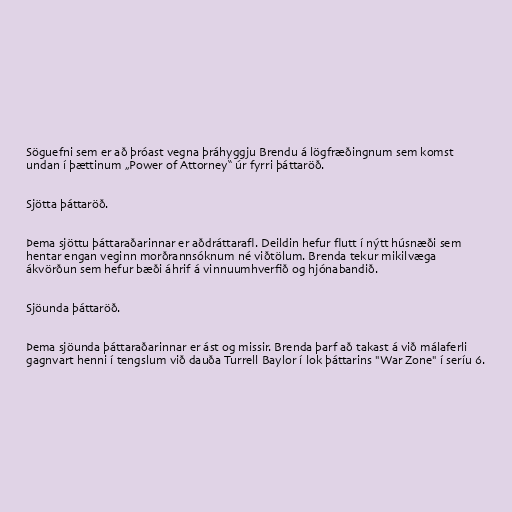
Söguefni sem er að þróast vegna þráhyggju Brendu á lögfræðingnum sem komst
undan í þættinum „Power of Attorney“ úr fyrri þáttaröð.

Sjötta þáttaröð.

Þema sjöttu þáttaraðarinnar er aðdráttarafl. Deildin hefur flutt í nýtt húsnæði sem
hentar engan veginn morðrannsóknum né viðtölum. Brenda tekur mikilvæga
ákvörðun sem hefur bæði áhrif á vinnuumhverfið og hjónabandið.

Sjöunda þáttaröð.

Þema sjöunda þáttaraðarinnar er ást og missir. Brenda þarf að takast á við málaferli
gagnvart henni í tengslum við dauða Turrell Baylor í lok þáttarins "War Zone" í seríu 6.